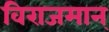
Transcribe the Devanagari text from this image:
विराजमान्‌